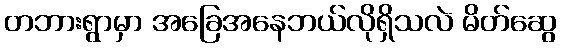
တဘားရွာမှာ အခြေအနေဘယ်လိုရှိသလဲ မိတ်ဆွေ